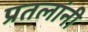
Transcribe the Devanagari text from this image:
प्रतलांनी